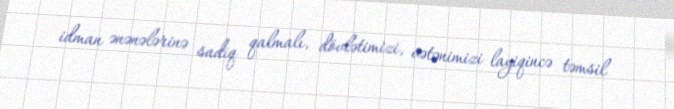
idman ənənələrinə sadiq qalmalı, dövlətimizi, vətənimizi layiqincə təmsil